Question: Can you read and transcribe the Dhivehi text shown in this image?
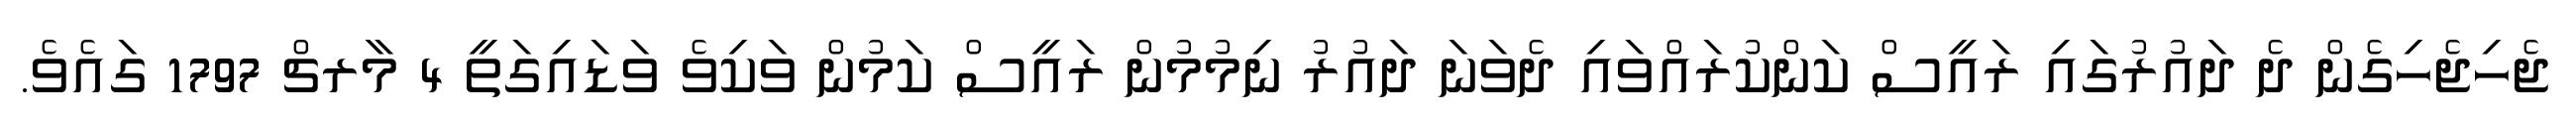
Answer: ޖެހިޖެހިގެން ދެ ދައުރުގައި ރައީސް ކަންކުރައްވައި ދެވަނަ ދައުރު ނިމުމުން ރައީސް ކަމުން ވަކިވެ ވަޑައިގަތީ 4 މާރޗް 1797 ގައެވެ.